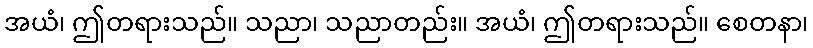
အယံ၊ ဤတရားသည်။ သညာ၊ သညာတည်း။ အယံ၊ ဤတရားသည်။ စေတနာ၊